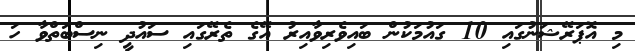
މި އޮޕަރޭޝަނުގައި 10 ގައުމަކުން ބައިވެރިވާއިރު އޭގެ ތެރޭގައި ސައުދީ ނިސްބަތްވާ ހަ